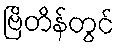
ဗြိတိန်တွင်